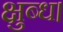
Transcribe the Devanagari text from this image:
क्षुब्ध।